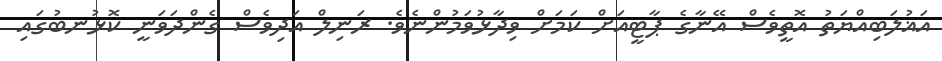
އަޣުލަބިއްޔަތު އޮތީވެސް އޭނާގެ ޕާޓީއަށް ކަމަށް ވިދާޅުވަމުންނެވެ. ރަނިލް އަދިވެސް ގެންދަވަނީ ކޮޅުނބުގައި